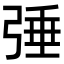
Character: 𢏴